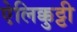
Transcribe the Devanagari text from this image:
ऐलिक्कुट्टी